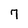
Character: 7